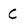
Character: C